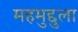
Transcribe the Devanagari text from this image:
महमुद्दुला